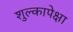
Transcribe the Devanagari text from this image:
शुल्कापेक्षा